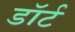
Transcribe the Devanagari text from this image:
डॉर्ट